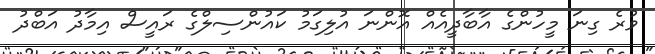
ވުރެ ގިނަ މީހުންގެ އާބާދީއެއް އޮންނަ އުލިގަމު ކައުންސިލްގެ ރައީސް އިމާދު އަބްދު